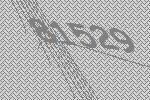
81529